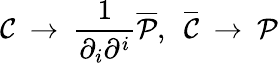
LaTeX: {\cal C}~\to~\frac{1}{\partial_{i}\partial^{i}}{\overline{{{\cal P}}}},~~{\overline{{{\cal C}}}}~\to~{\cal P}